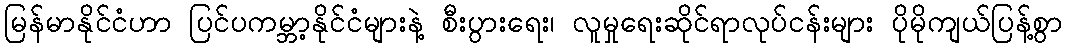
မြန်မာနိုင်ငံဟာ ပြင်ပကမ္ဘာ့နိုင်ငံများနဲ့ စီးပွားရေး၊ လူမှုရေးဆိုင်ရာလုပ်ငန်းများ ပိုမိုကျယ်ပြန့်စွာ